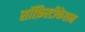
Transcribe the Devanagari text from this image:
सॉफ़िस्टीकेशन